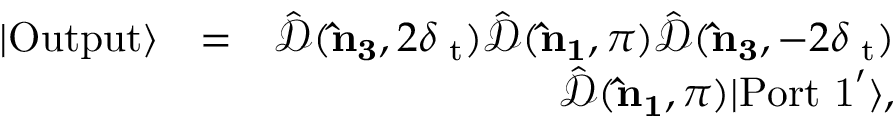
\begin{array} { r l r } { | \mathrm { O u t p u t } \rangle } & { = } & { \hat { \mathcal { D } } ( { \bf \hat { n } _ { 3 } } , 2 \delta { \it \Psi } _ { \mathrm { t } } ) \hat { \mathcal { D } } ( { \bf \hat { n } _ { 1 } } , \pi ) \hat { \mathcal { D } } ( { \bf \hat { n } _ { 3 } } , - 2 \delta { \it \Psi } _ { \mathrm { t } } ) } \\ & { } & { \hat { \mathcal { D } } ( { \bf \hat { n } _ { 1 } } , \pi ) | \mathrm { P o r t \ 1 } ^ { \prime } \rangle , } \end{array}